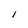
Character: I